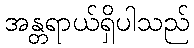
အန္တရာယ်ရှိပါသည်